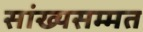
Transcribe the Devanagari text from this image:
सांख्यसम्मत